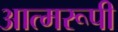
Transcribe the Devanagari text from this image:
आत्मरूपी